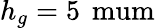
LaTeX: h_{g}=5\, \mathrm{\ mum}